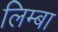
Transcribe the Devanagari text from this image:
लिम्बा